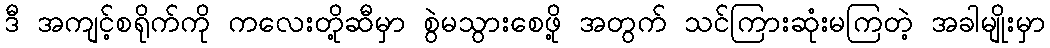
ဒီ အကျင့်စရိုက်ကို ကလေးတို့ဆီမှာ စွဲမသွားစေဖို့ အတွက် သင်ကြားဆုံးမကြတဲ့ အခါမျိုးမှာ